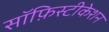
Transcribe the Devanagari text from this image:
सॉफ़िस्टीकेशन